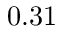
0 . 3 1